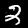
Digit: 2